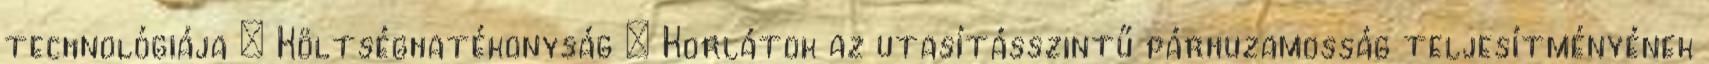
technológiája – Költséghatékonyság – Korlátok az utasításszintű párhuzamosság teljesítményének